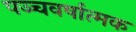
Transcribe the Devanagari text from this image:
पञ्चवर्षात्मक